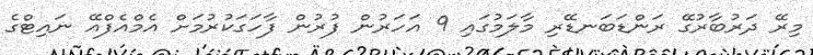
މިރޭ ދަރުބާރުގޭ ރަންޑަބަނޑޭރި މާލަމުގައި 9 އަހަރުން ފުރުން ފާހަގަކުރުމަށް އެމްއެފްއޭ ނައިޓްގެ